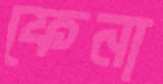
ফেনা